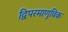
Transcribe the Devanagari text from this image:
द्विपरमाणुविक